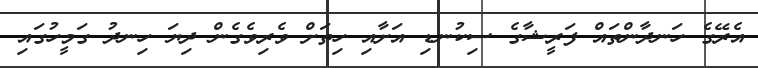
އެރޭގެ ހަނދާންތައް ފަރީޝާގެ ސިކުނޑި އަށާއި ހިތަށް ވެރިވެގެން ދިޔަ ހިނދު ގަމީހުގައި